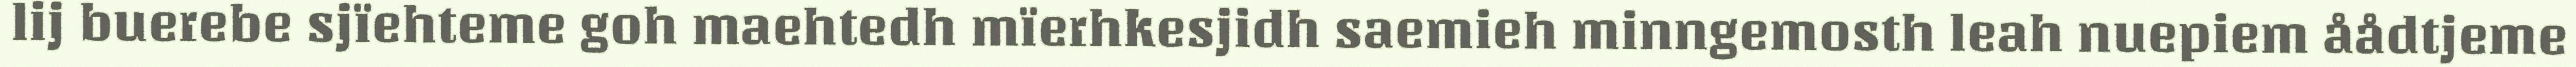
lij buerebe sjïehteme goh maehtedh mïerhkesjidh saemieh minngemosth leah nuepiem åådtjeme